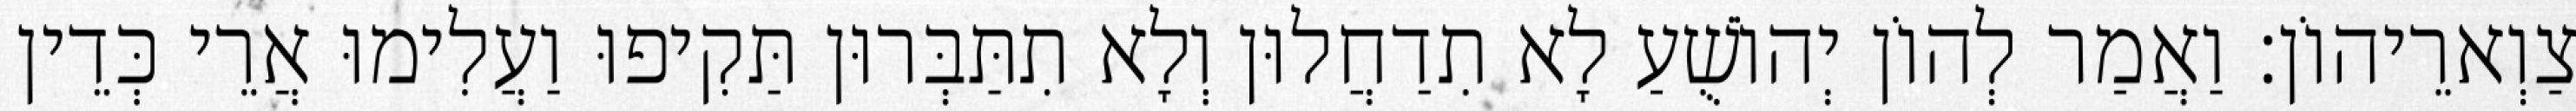
צַוְארֵיהוֹן׃ וַאֲמַר לְהוֹן יְהוֹשֻׁעַ לָא תִדַחֲלוּן וְלָא תִתַּבְּרוּן תַּקִיפוּ וַעֲלִימוּ אֲרֵי כְּדֵין